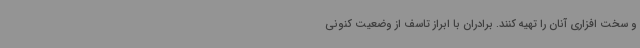
و سخت افزاری آنان را تهیه کنند. برادران با ابراز تاسف از وضعیت کنونی